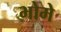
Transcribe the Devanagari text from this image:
भोमे